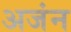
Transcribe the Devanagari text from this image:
अजंन